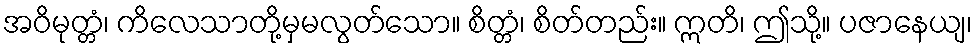
အဝိမုတ္တံ၊ ကိလေသာတို့မှမလွတ်သော။ စိတ္တံ၊ စိတ်တည်း။ ဣတိ၊ ဤသို့။ ပဇာနေယျ၊